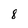
Character: 8